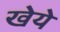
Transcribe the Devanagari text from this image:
खेये